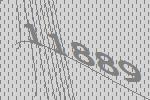
11889